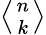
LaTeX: \textstyle\left\langle{n\atop k}\right\rangle